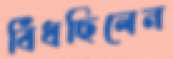
বিঁধছিলেন